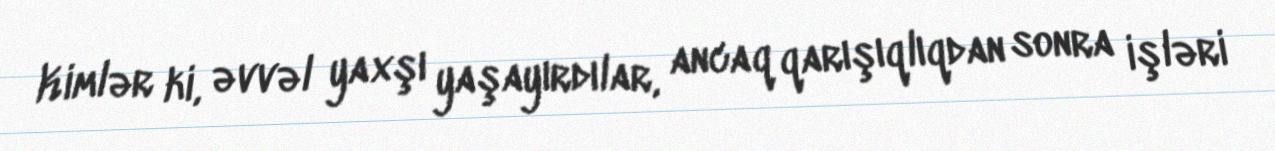
Kimlər ki, əvvəl yaxşı yaşayırdılar, ancaq qarışıqlıqdan sonra işləri